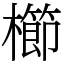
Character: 櫛